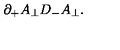
\partial _ { + } A _ { \perp } D _ { - } A _ { \perp } .